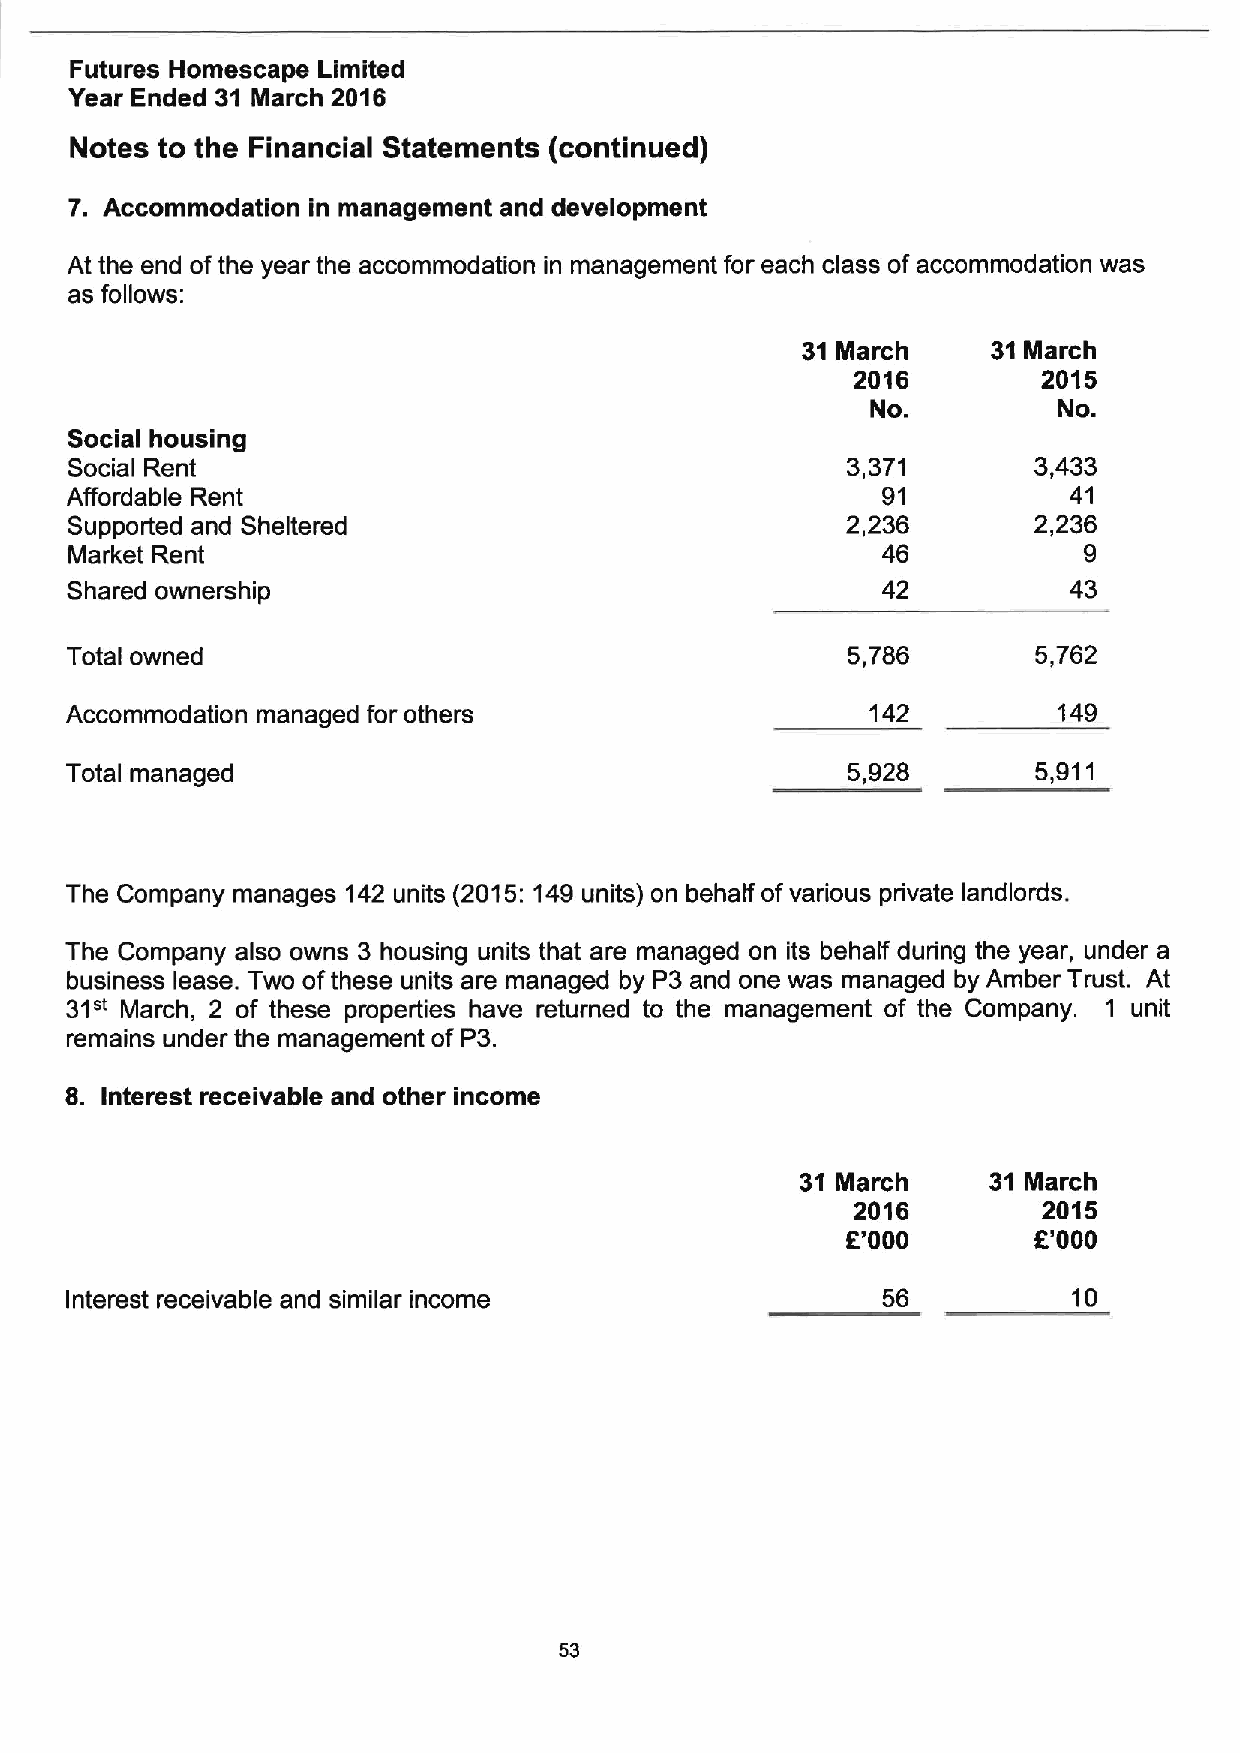
Futures Homescape Limited
 Year Ended 31 March 2016
 Notes to the Financial Statements (continued)
 7. Accommodation in management and development
 At the end ofthe year the accommodation in management for each class of accommodation was
 as follows:
 31March      31March
 2016        2015
 No.         No.
 Social housing
 Social Rent                                         3,371       3,433
 Affordable Rent                                       91           41
 Supported and Sheltered                             2,236       2,236
 Market Rent                                          46            9
 Shared ownership                                      42           43
 Total owned                                         5,786        5,762
 Accommodation managed for others                      142         149
 Total managed                                       5,928        5,911
 The Company manages 142 units (2015:149units) on behalf ofvarious private landlords.
 The Company also owns 3 housing units that are managed on its behalf dudng the year, under a
 business lease. Two ofthese units are managed by P3 and one was managed by Amber Trust. At
 31"
 March, 2 of these properties have returned to the management of the Company. 1 unit
 remains under the management of P3.
 8. Interest receivable and other income
 31 March    31 March
 2016        2015
 f'000       f'000
 Interest receivable and similar income                56           10
 53